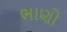
ભાણો